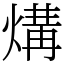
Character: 煹